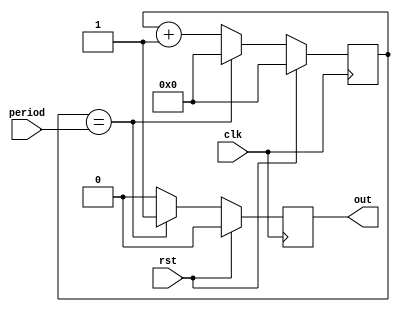
module PeriodicTimer(
    input wire clk,
    input wire rst,
    input wire [7:0] period,
    output reg out
);

reg [7:0] count;

always @(posedge clk) begin
    if (rst) begin
        count <= 8'd0;
        out <= 1'b0;
    end else begin
        count <= count + 1;
        if (count == period) begin
            out <= 1'b1;
            count <= 8'd0;
        end else begin
            out <= 1'b0;
        end
    end
end

endmodule